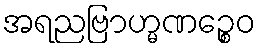
အရညဗြာဟ္မဏဉ္စေဝ